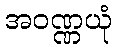
အဝဏ္ဏယုံ